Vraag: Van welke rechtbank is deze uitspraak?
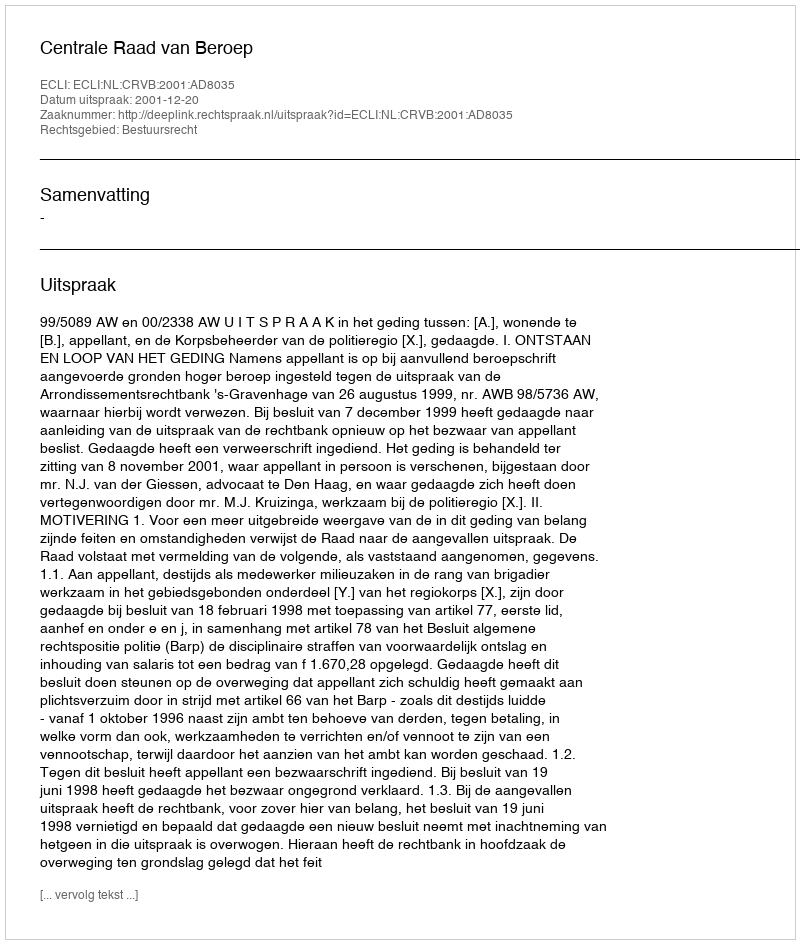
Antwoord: Centrale Raad van Beroep